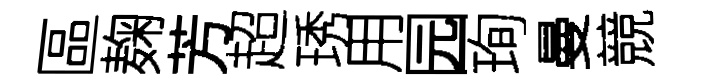
區麹芳超琇用园珣曼競